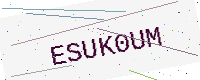
Text: ESUK0UM